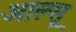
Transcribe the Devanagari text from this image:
आल्सू